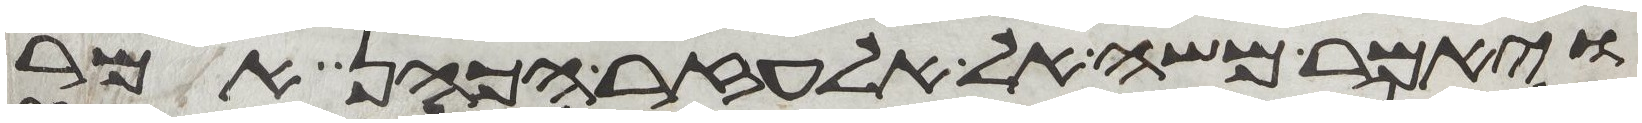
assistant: ויאמר משה אל אלעזר הכהן אמר